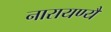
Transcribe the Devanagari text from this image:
नारायण्यै